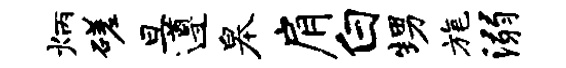
炳磋旦遵皋肩白甥旄溺